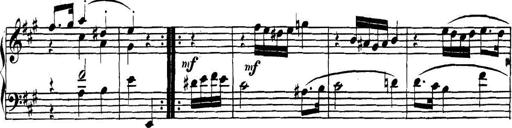
Title: Collected Piano Sonatas
Composer: Muzio Clementi